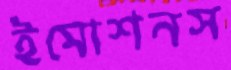
ইমোশনস